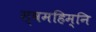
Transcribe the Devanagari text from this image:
स्वमहिम्नि